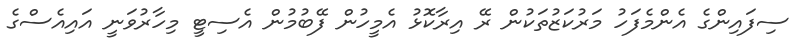
ސިފައިންގެ އެންމެފަހު މަރުކަޒުތަކުން ރޭ އިރާކޮޅު އެމީހުން ފޭބުމުން އެސިޓީ މިހާރުވަނީ އައިއެސްގެ